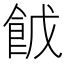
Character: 𮨹